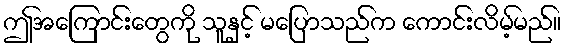
ဤအကြောင်းတွေကို သူနှင့် မပြောသည်က ကောင်းလိမ့်မည်။